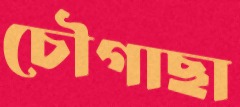
চৌগাছা